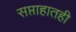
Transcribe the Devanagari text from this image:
सप्ताहातही